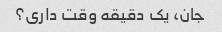
جان، یک دقیقه وقت داری؟